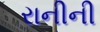
રાનીની